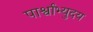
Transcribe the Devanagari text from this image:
पार्श्वाभ्युदय